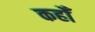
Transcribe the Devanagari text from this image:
कहोँ